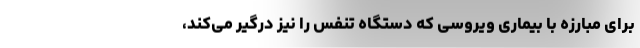
برای مبارزه با بیماری ویروسی که دستگاه تنفس را نیز درگیر می‌کند،